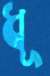
ধূ